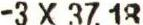
-3 X 37.18